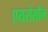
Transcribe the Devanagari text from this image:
एयरोसौल